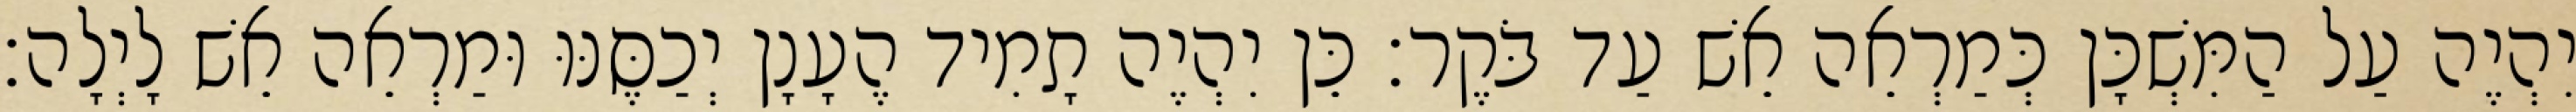
יִהְיֶה עַל הַמִּשְׁכָּן כְּמַרְאֵה אֵשׁ עַד בֹּקֶר׃ כֵּן יִהְיֶה תָמִיד הֶעָנָן יְכַסֶּנּוּ וּמַרְאֵה אֵשׁ לָיְלָה׃